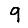
Digit: 9